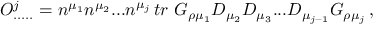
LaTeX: O _ { . . . . . } ^ { j } = n ^ { \mu _ { 1 } } n ^ { \mu _ { 2 } } . . . n ^ { \mu _ { j } } \, t r \, \, G _ { \rho \mu _ { 1 } } D _ { \mu _ { 2 } } D _ { \mu _ { 3 } } . . . D _ { \mu _ { j - 1 } } G _ { \rho \mu _ { j } } \, ,